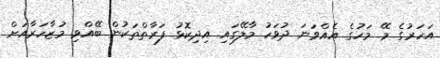
އަހަރުގެ މޭ މަހުގެ އެއްވަނަ ދުވަހު މާލޭގައި އިދިކޮޅު ފަރާތްތަކުން ބޭއްވި މުޒާހަރާއަށް